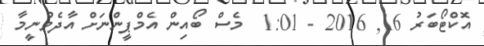
އޮކްޓޯބަރު 16